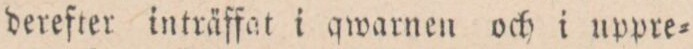
derefter inträffat i qwarnen och i uppre=